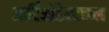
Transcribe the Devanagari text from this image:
आर्टिओडैक्टाइल